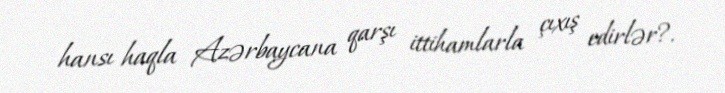
hansı haqla Azərbaycana qarşı ittihamlarla çıxış edirlər?.